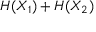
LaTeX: H ( X _ { 1 } ) + H ( X _ { 2 } )